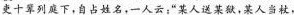
吏十列庭下，自占姓名，一人云：”某人送某狱，某人当杖，